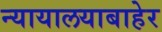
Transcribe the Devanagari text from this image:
न्यायालयाबाहेर